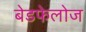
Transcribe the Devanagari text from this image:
बेडफेलोज